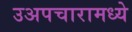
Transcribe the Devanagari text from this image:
उअपचारामध्ये